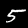
Digit: 5